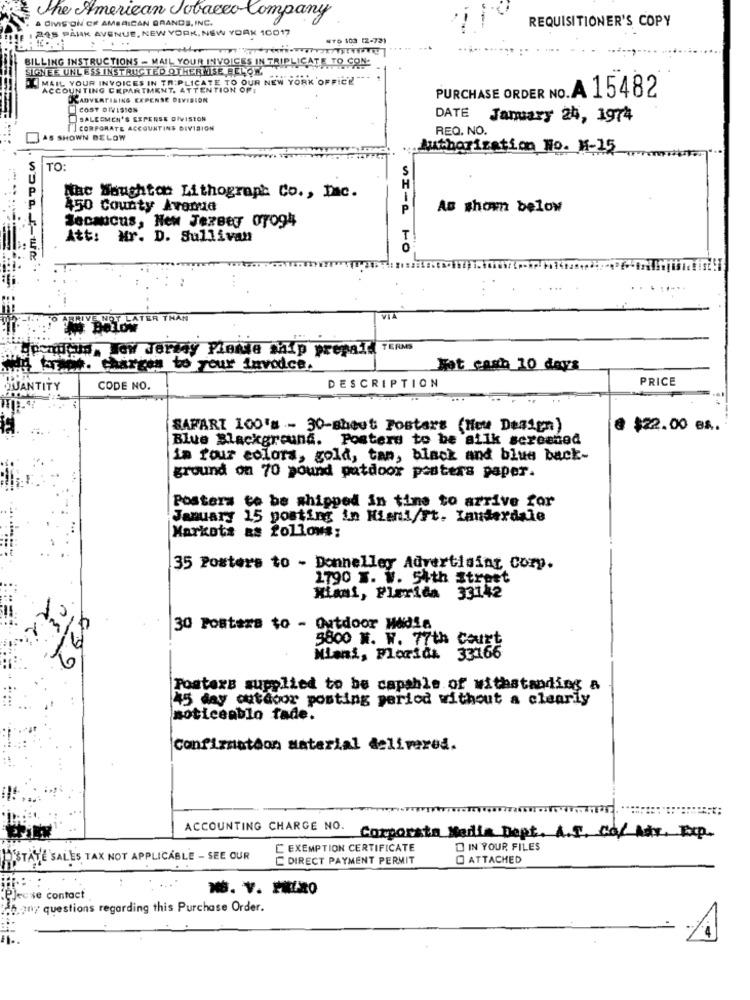
The American Tobacco Company
Divis ON Cr AMERICAN BRANDS, INC.
REQUISITIONER'S COPY
245 PARK AVENUE, NEW YORK, NEW YORK 10017
NYD 103 (2-72)
BILLING INSTRUCTIONS - MAIL YOUR INVOICES IN TRIPLICATE TO CON-
SIGNEE UNLESS INSTRUCTED OTHERWISE LLOR.
MAIL YOUR INVOICES IN TRIPLICATE TO OUR NEW YORK OFFICE ---
ACCOUNTING CEPARTMENT. ATTENTION OF:
KADVERTISING EXPENSE DEVISION
PURCHASE ORDER NO.A 15482
COST DIVISION
SALESMEN'S EXPENSE DIVISION
DATE
January 24, 1974
CORPORATE ACCOUNTING DIVISION
REQ. NO.
AS SHOWN BELOW
utharization Ho. H-15
TO:
Mac Naughton Lithograph Co ., Dac.
450 County Avenue
As shown below
Secaucus, New Jersey 07094
Att: Mr. D. Sullivan
WI-A TO
RIVE NOT LATER THAN
VIA
Vecicun. Wow Jertdy Plante Ship prepar TERMS
MA E.G. Charges to your invoce.
Hat cash 10 days
DESCRIPTION
PRICE
JANTITY
CODE NO.
SAPART 100's - 30-sheet Fostars (New Design)
@ $22.00 es.
Blue Blackground. Posters to be ailk screened
in four colors, gold, tan, black and blue back-
ground on 70 pound patdoor posters paper.
Posters to be shipped in tins to arrive for
January 15 posting in Hisni/Ft. Lauderdale
Markets as follows;
35 Posters to - Donnelley Advertising Corp.
1790 T. W. 54th Street
Miami, Florida 33142
30 Postera to - Outdoor Midis
5800 H. W. 77th court
Miani, Florida
33166
Posters supplied to be capable of withstanding a
45 day outdoor posting period without a clearly
moticeablo fade.
Confizmatdon material delivered.
ACCOUNTING CHARGE NO.
Corporate Maria Dept. A.T. Co/ Adr, Exp.
C EXEMPTION CERTIFICATE
O IN YOUR FILES
ESTATE SALES TAX NOT APPLICABLE - SEE OUR
C DIRECT PAYMENT PERMIT
O ATTACHED
se contact
.. any questions regarding this Purchase Order.